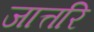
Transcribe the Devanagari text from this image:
जात्तरि